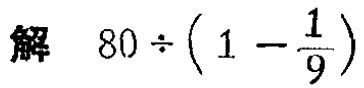
\(解\quad 80\div\left(1 - \frac{1}{9}\right)\)